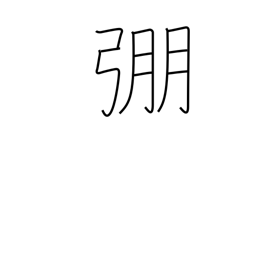
Meaning: strong bow